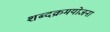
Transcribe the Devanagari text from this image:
शब्दक्रमयोजना